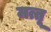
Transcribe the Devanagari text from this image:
मत्तू